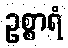
ဥစ္စာရံ